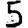
Digit: 5